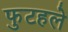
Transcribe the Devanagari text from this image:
फुटहले